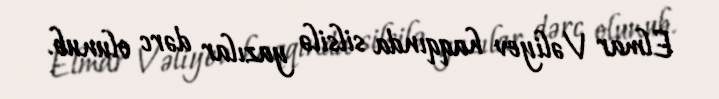
Elmar Vəliyev haqqında silsilə yazılar dərc olunub.